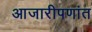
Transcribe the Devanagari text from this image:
आजारीपणांत